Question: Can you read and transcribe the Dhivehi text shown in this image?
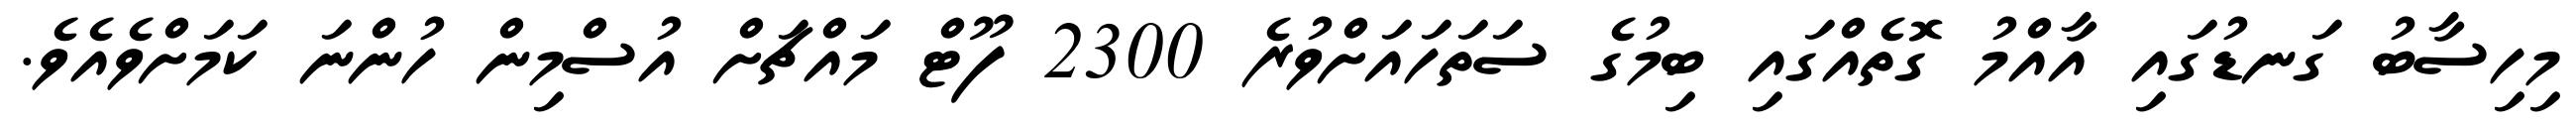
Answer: މިހިސާބު ގަނޑުގައި އާއްމު ގޮތެއްގައި ބިމުގެ ސަތަހައަށްވުރެ 2300 ފޫޓް މައްޗަށް އުސްމިން ހުންނަ ކަމަށްވެއެވެ.